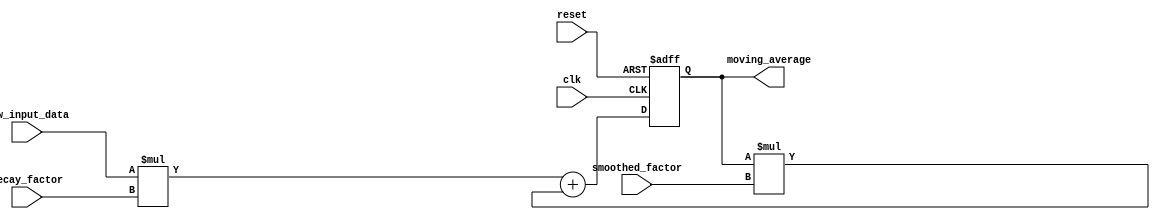
module EMA_accumulator (
    input clk,
    input reset,
    input signed [15:0] new_input_data,
    input signed [15:0] decay_factor,
    input signed [15:0] smoothed_factor,
    output reg signed [15:0] moving_average
);

reg signed [15:0] accumulator;

always @(posedge clk or posedge reset) begin
    if (reset) begin
        accumulator <= 0;
    end else begin
        accumulator <= (new_input_data * decay_factor) + (accumulator * smoothed_factor);
    end
end

assign moving_average = accumulator;

endmodule